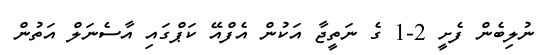
ނުލިބެން ފެށީ 2-1 ގެ ނަތީޖާ އަކުން އެފްއޭ ކަޕްގައި އާސެނަލް އަތުން